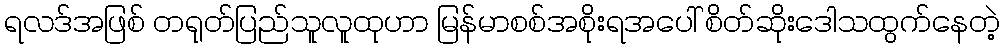
ရလဒ်အဖြစ် တရုတ်ပြည်သူလူထုဟာ မြန်မာစစ်အစိုးရအပေါ် စိတ်ဆိုးဒေါသထွက်နေတဲ့